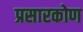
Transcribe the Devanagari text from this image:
प्रसारकोण